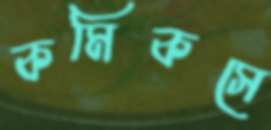
কমিকসে